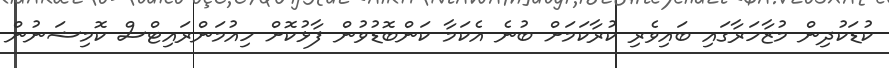
ކުޑަކުދިން މުޒާހަރާގައި ބައިވެރި ކުރާކަމަށް ބުނެ އެކަމާ ކަންބޮޑުވުން ފާޅުކޮށް ހިއުމަންރައިޓްސް ކޮމިޝަނުން